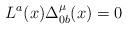
LaTeX: \begin{align*}L^a(x)\Delta_{0 b}^{\mu}(x)=0\\\end{align*}